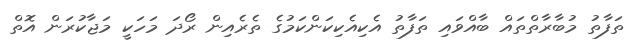
ތަފާތު މުބާރާތްތައް ބާއްވައި ތަފާތު އެކިއެކިކަންކަމުގެ ތެރެއިން ރޯދަ މަހަކީ މަޖާކުރަން އޮތް